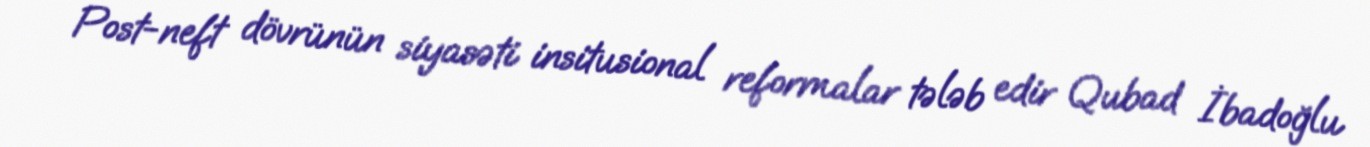
Post-neft dövrünün siyasəti insitusional reformalar tələb edir Qubad İbadoğlu